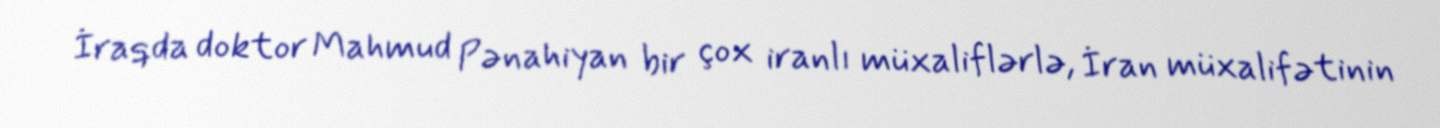
İraqda doktor Mahmud Pənahiyan bir çox iranlı müxaliflərlə, İran müxalifətinin